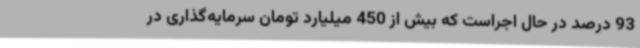
93 درصد در حال اجراست که بیش از 450 میلیارد تومان سرمایه‌گذاری در